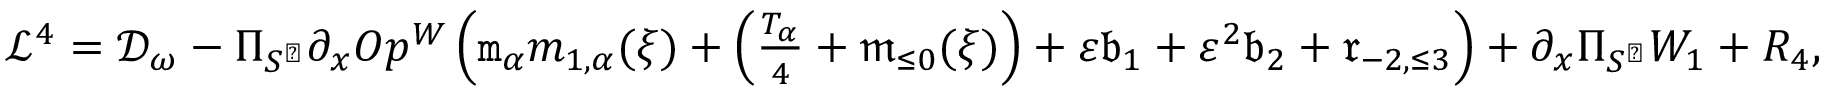
\begin{array} { r } { \mathcal { L } ^ { 4 } = \mathcal { D } _ { \omega } - \Pi _ { S ^ { \perp } } \partial _ { x } O p ^ { W } \left( \mathtt { m } _ { \alpha } m _ { 1 , \alpha } ( \xi ) + \left( \frac { T _ { \alpha } } { 4 } + \mathfrak { m } _ { \le 0 } ( \xi ) \right) + \varepsilon \mathfrak { b } _ { 1 } + \varepsilon ^ { 2 } \mathfrak { b } _ { 2 } + \mathfrak { r } _ { - 2 , \le 3 } \right) + \partial _ { x } \Pi _ { S ^ { \perp } } W _ { 1 } + R _ { 4 } , } \end{array}